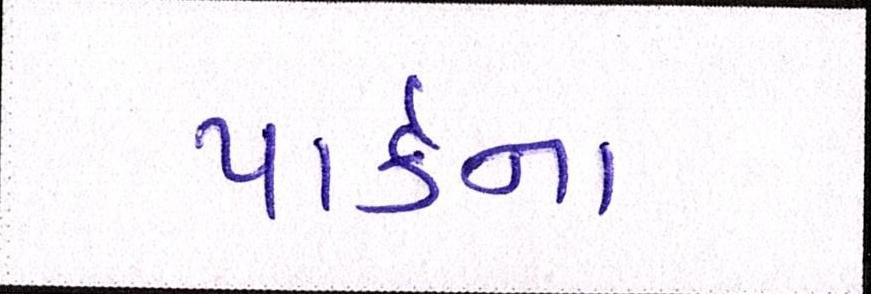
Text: પાર્કના